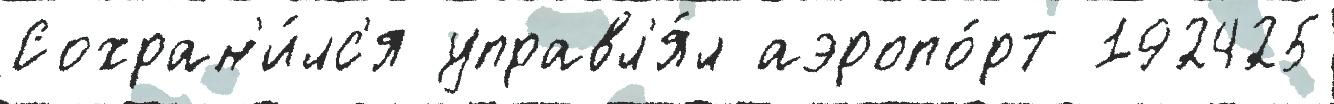
Сохран'и́лс'я управл'я́л аэропо́рт 192425